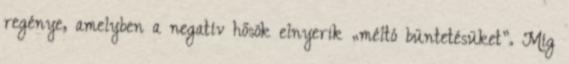
regénye, amelyben a negatív hősök elnyerik „méltó büntetésüket”. Míg